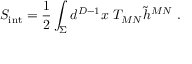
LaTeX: S _ { \mathrm { { \small i n t } } } = { \frac { 1 } { 2 } } \int _ { \Sigma } d ^ { D - 1 } x ~ T _ { M N } { \widetilde h } ^ { M N } ~ .